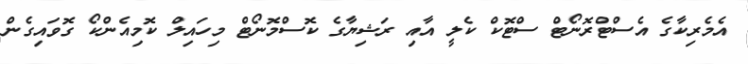
އެމެރިކާގެ އެސްޓްރޮނޯޓް ސްޓޮކް ކެލީ އާއި ރަޝިޔާގެ ކޮސްމޮނޯޓް މިހައިލް ކޮމިއެންކޯ ގޮވައިގެން